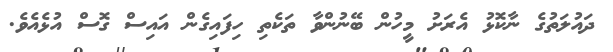
ދައުލަތުގެ ނާކޮޅު އެރަށު މީހުން ބޭނުންވާ ތަކެތި ހިފައިގެން އައިސް ގޮސް އުޅެއެވެ.